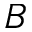
B